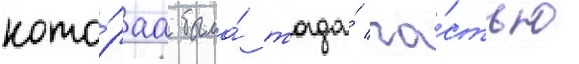
кото́раа была́ тогда́ ча́стью